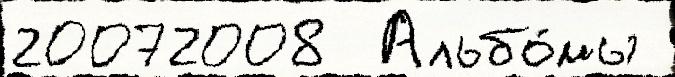
20072008  Альбо́мы